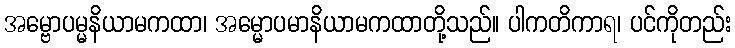
အမ္ဗောပမ္မနိယာမကထာ၊ အမ္မောပမာနိယာမကထာတို့သည်။ ပါကတိကာရ၊ ပင်ကိုတည်း